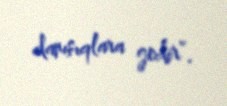
danışıqlara gedir”.